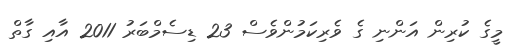
މީގެ ކުރިން އަންނި ގެ ވެރިކަމުންވެސް 23 ޑިސެމްބަރު 2011 އާއި ގާތް